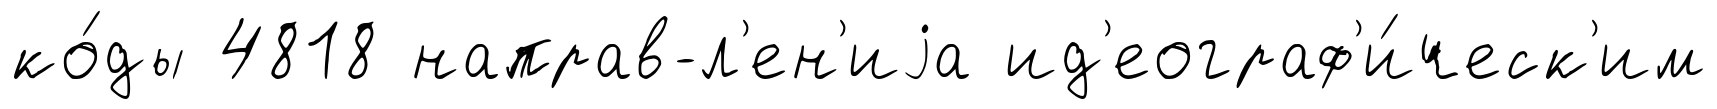
ко́ды 4818 направ-л'ен'иjа ид'еограф'и́ческ'им